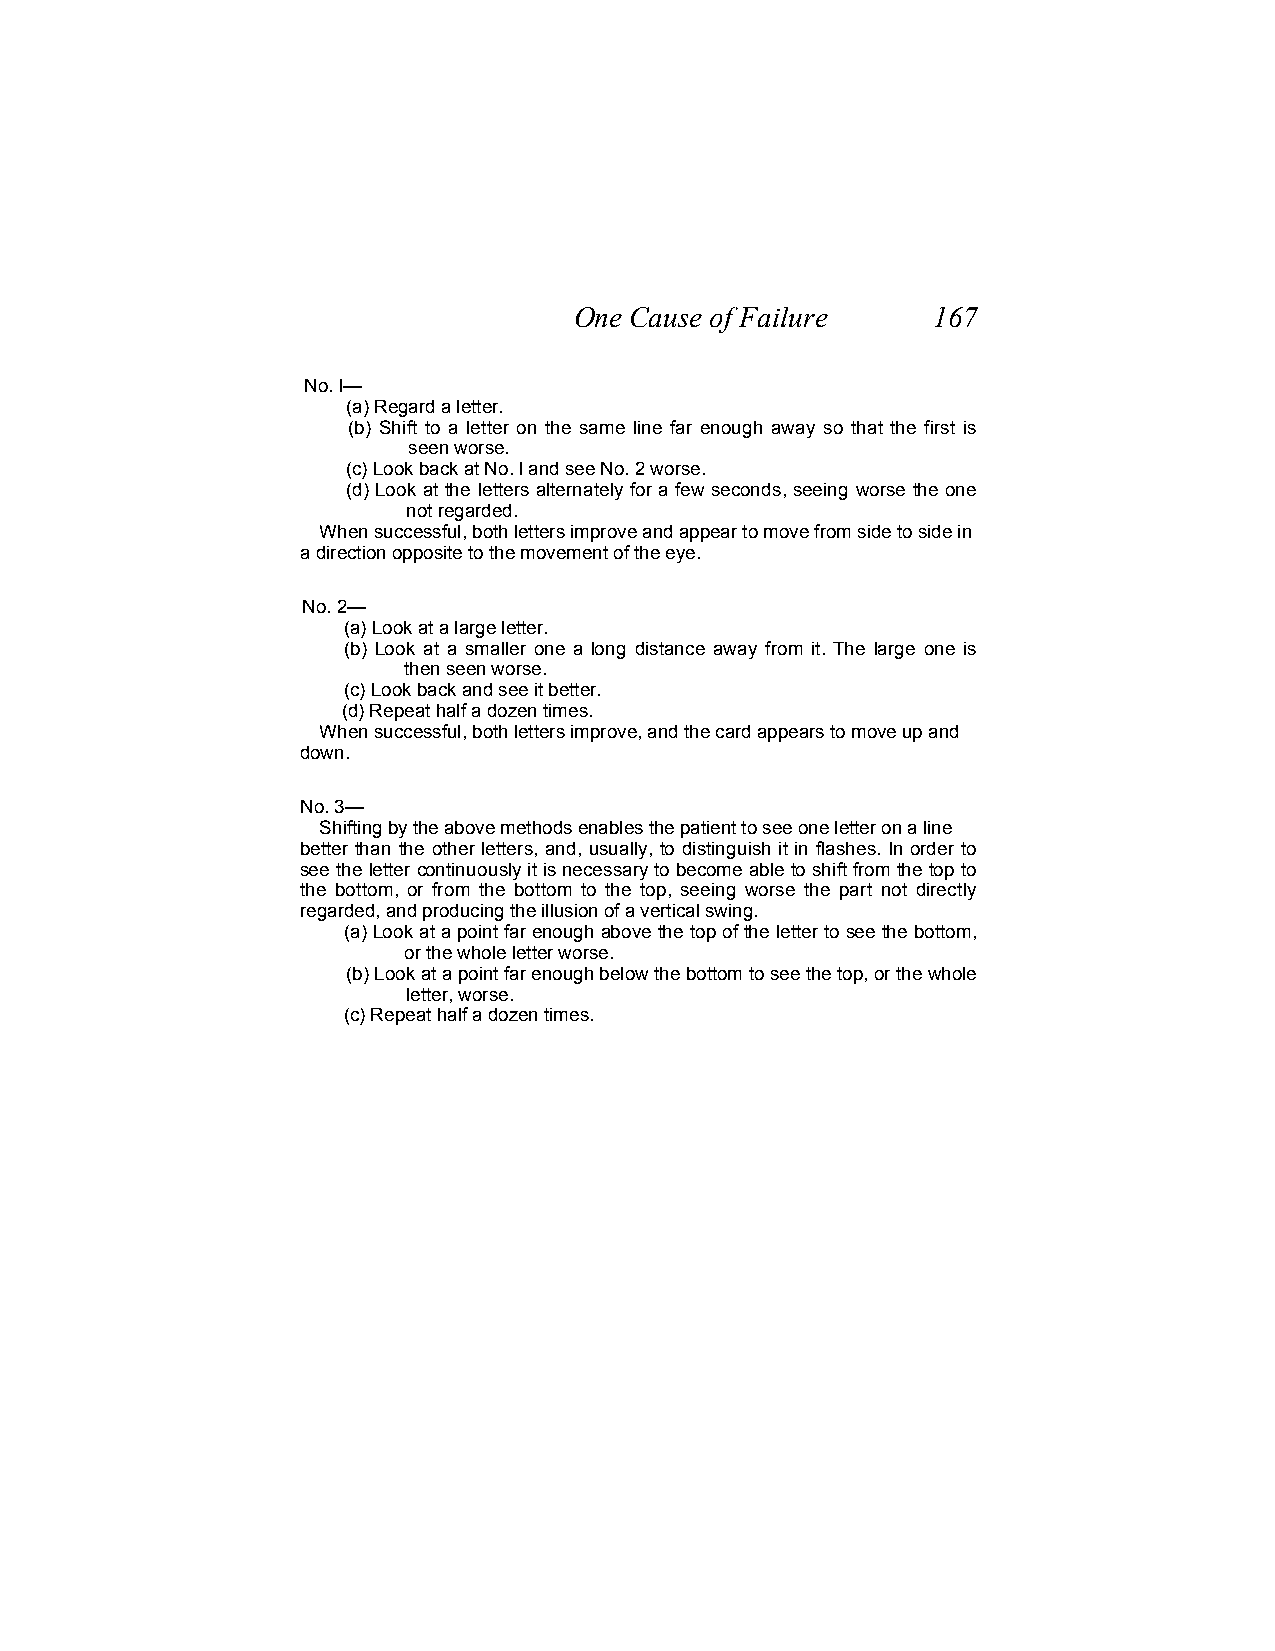
One Cause of Failure    167
 No. l—
 (a) Regard a letter.
 (b) Shift to a letter on the same line far enough away so that the first is
 seen worse.
 (c) Look back at No. l and see No. 2 worse.
 (d) Look at the letters alternately for a few seconds, seeing worse the one
 not regarded.
 When successful, both letters improve and appear to move from side to side in
 a direction opposite to the movement of the eye.
 No. 2—
 (a) Look at a large letter.
 (b) Look at a smaller one a long distance away from it. The large one is
 then seen worse.
 (c) Look back and see it better.
 (d) Repeat half a dozen times.
 When successful, both letters improve, and the card appears to move up and
 down.
 No. 3—
 Shifting by the above methods enables the patient to see one letter on a line
 better than the other letters, and, usually, to distinguish it in flashes. In order to
 see the letter continuously it is necessary to become able to shift from the top to
 the bottom, or from the bottom to the top, seeing worse the part not directly
 regarded, and producing the illusion of a vertical swing.
 (a) Look at a point far enough above the top of the letter to see the bottom,
 or the whole letter worse.
 (b) Look at a point far enough below the bottom to see the top, or the whole
 letter, worse.
 (c) Repeat half a dozen times.